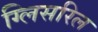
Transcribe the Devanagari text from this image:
ग्लिसरिल